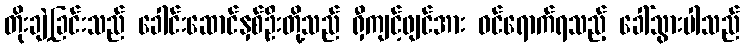
တိုးချဲ့ခြင်းသည် ခေါင်းဆောင်နှစ်ဦးတို့သည် ရှီကျင့်ဖျင်အား ဝင်ရောက်ရသည့် ခေါ်သွားပါသည်